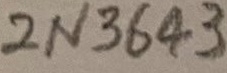
Text: 2N3643